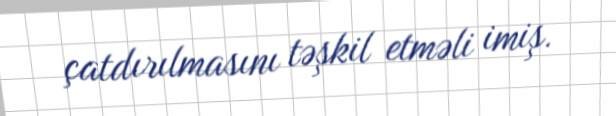
çatdırılmasını təşkil etməli imiş.